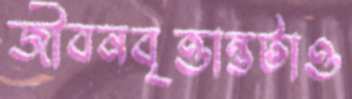
জীবনবৃত্তান্তটাও